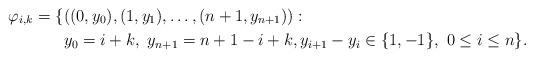
LaTeX: \begin{align*}\mathfrak{\varphi}_{i,k}=\{ & ((0,y_{0}),(1,y_{1}),\ldots,(n+1,y_{n+1})):\\& y_{0}=i+k, \ y_{n+1}=n+1-i+k, y_{i+1}-y_{i}\in \{1,-1\}, \ 0\leq i\leq n\}.\end{align*}